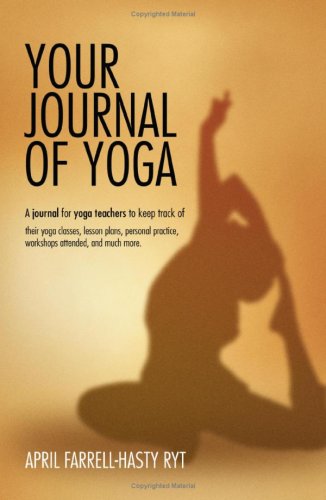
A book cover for Your journal of Yoga: A journal for yoga teachers to keep track of their yoga classes, lesson plans, personal practice, workshops attended, and much more.; April Farrell-Hasty; Health, Fitness & Dieting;